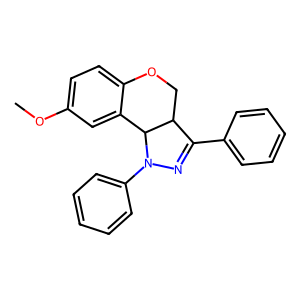
SMILES: COc1ccc2c(c1)C1C(CO2)C(c2ccccc2)=NN1c1ccccc1
Inhibits HIV replication: No